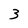
Character: 3